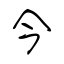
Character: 今